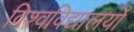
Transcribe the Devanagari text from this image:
विश्वविद्यालयोँ